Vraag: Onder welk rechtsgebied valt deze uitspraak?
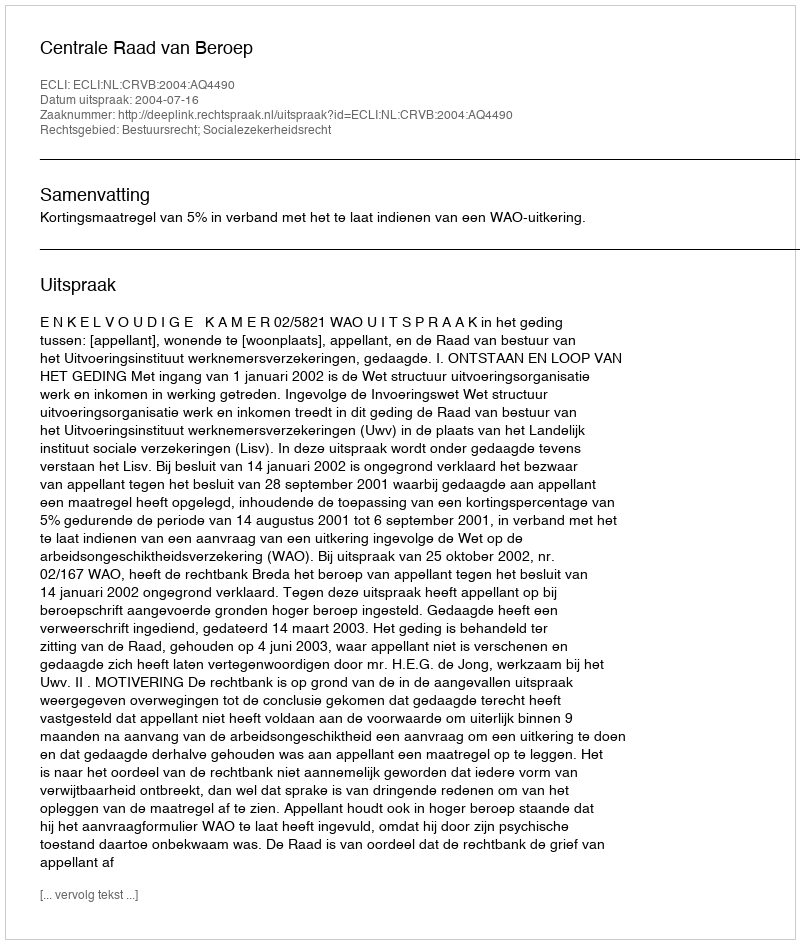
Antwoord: Bestuursrecht; Socialezekerheidsrecht